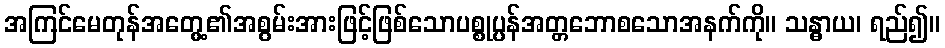
အကြင်မေတုန်အတွေ့၏အစွမ်းအားဖြင့်ဖြစ်သောပစ္စုပ္ပန်အတ္တဘောစသောအနက်ကို။ သန္ဓာယ၊ ရည်၍။